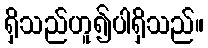
ရှိသည်ဟူ၍ပါရှိသည်။